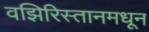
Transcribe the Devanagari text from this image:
वझिरिस्तानमधून